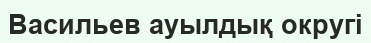
Васильев ауылдық округі